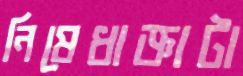
নিষেধাজ্ঞাটা